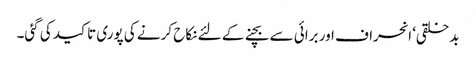
بدخلقی‘ انحراف اور برائی سے بچنے کے لئے نکاح کرنے کی پوری تاکید کی گئی۔